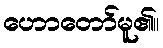
ဟောတော်မူ၏။